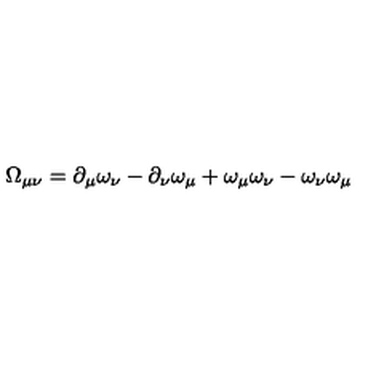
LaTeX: \Omega _ { \mu \nu } = \partial _ { \mu } \omega _ { \nu } - \partial _ { \nu } \omega _ { \mu } + \omega _ { \mu } \omega _ { \nu } - \omega _ { \nu } \omega _ { \mu }